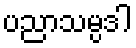
ပညာသမ္ပဒါ